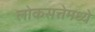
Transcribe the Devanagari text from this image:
लोकसत्तेमध्ये